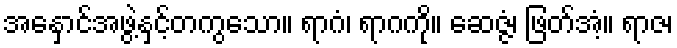
အနှောင်အဖွဲ့နှင့်တကွသော။ ရာဂံ၊ ရာဂကို။ ဆေဇ္ဇံ၊ ဖြတ်အံ့။ ရာဇ၊